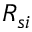
R _ { s i }